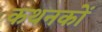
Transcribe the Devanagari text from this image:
कथनकों